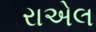
રાએલ